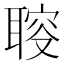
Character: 𦖪